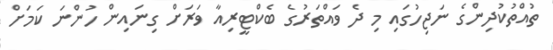
ތުއްތުކުދިންގެ ނަޖިހުގައި މި ދެ ވައްތަރުގެ ބެކްޓީރިއާ ވަރަށް ގިނައިން ހުންނަ ކަމަށް